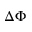
\Delta \Phi